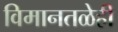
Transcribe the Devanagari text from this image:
विमानतळेही